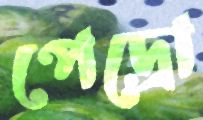
পেদ্রো